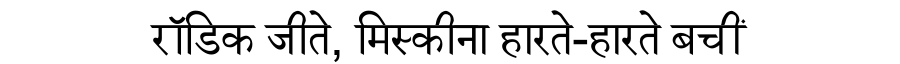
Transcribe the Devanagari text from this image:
रॉडिक जीते, मिस्कीना हारते-हारते बचीं